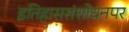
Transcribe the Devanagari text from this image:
इतिहाससंशोधनपर